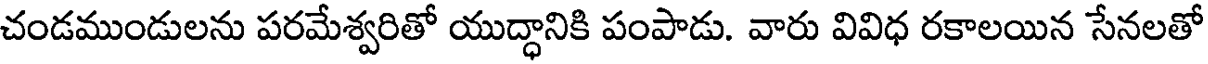
చండముండులను పరమేశ్వరితో యుద్ధానికి పంపాడు. వారు వివిధ రకాలయిన సేనలతో